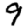
Digit: 9